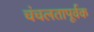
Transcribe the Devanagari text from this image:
चंचलतापूर्वक